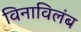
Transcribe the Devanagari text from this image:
विनाविलंब